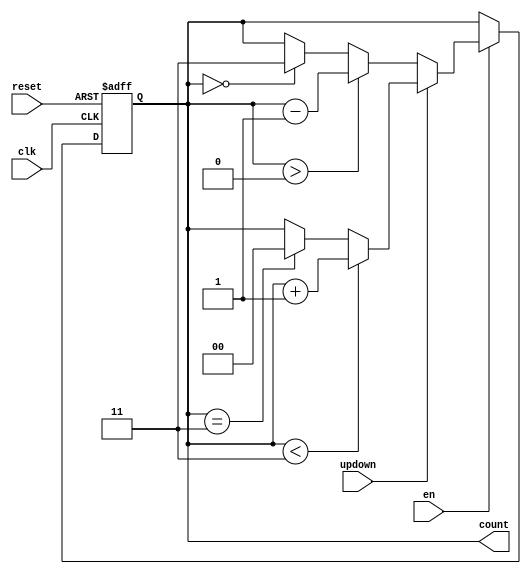
`timescale 1ns / 1ps
//////////////////////////////////////////////////////////////////////////////////
// Company: 
// Engineer: 
// 
// Design Name: 
// Module Name: NBitCounter
// Project Name: 
// Target Devices: 
// Tool Versions: 
// Description: 
// 
// Dependencies: 
// 
// Revision:
// Revision 0.01 - File Created
// Additional Comments:
// 
//////////////////////////////////////////////////////////////////////////////////


module NBitCounter #(parameter n = 4, x = 2)(input clk, reset, en, updown, output reg [(x-1):0] count);

    always @(posedge clk, posedge reset)begin
        if (reset == 1)
            count<= 0;
        else begin
            if (en == 1)begin
                if(updown ==1) begin
                    if (count < n - 1)
                        count <= count + 1;
                    else if (count == n - 1)
                        count<= 0;
                 end
                 else begin
                    if (count > 0)
                        count <= count - 1;
                    else if( count == 0)
                        count <= n-1;
                 end
            end
            else 
                count <= count;
        end
   end

endmodule